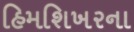
હિમશિખરના